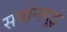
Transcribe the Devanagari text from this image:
सबोनगुई